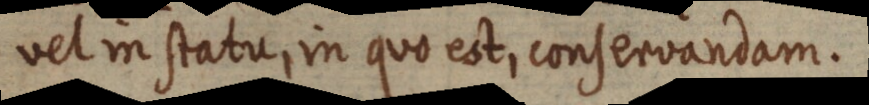
vel in statu, in quo est, conservandam.